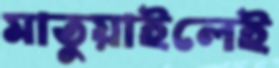
মাতুয়াইলেই